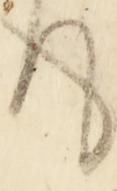
て